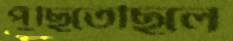
পুঁছিতেছিলে